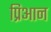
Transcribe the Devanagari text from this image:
प्रिआन